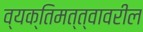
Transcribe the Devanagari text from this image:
व्यक्तिमत्त्वावरील